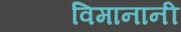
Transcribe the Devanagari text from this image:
विमानानी